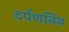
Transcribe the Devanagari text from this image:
दर्पणबिंब